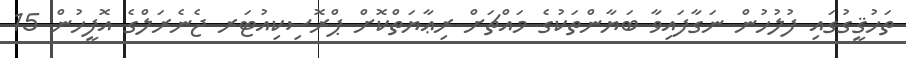
ތަހުޤީގުގައި ފުލުހުން ނަގާފައިވާ ބަޔާންތަކުގެ މައްޗަށް ރިޢާޔަތްކޮށް ޕްރޮސިކިއުޓަރ ޖެނެރަލްގެ އޮފީހުން 15